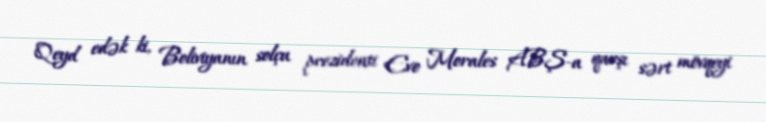
Qeyd edək ki, Boliviyanın solçu prezidenti Evo Morales ABŞ-a qarşı sərt mövqeyi